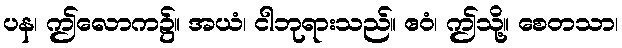
ပန၊ ဤလောက၌။ အယံ၊ ငါဘုရားသည်။ ဧဝံ၊ ဤသို့။ စေတသာ၊